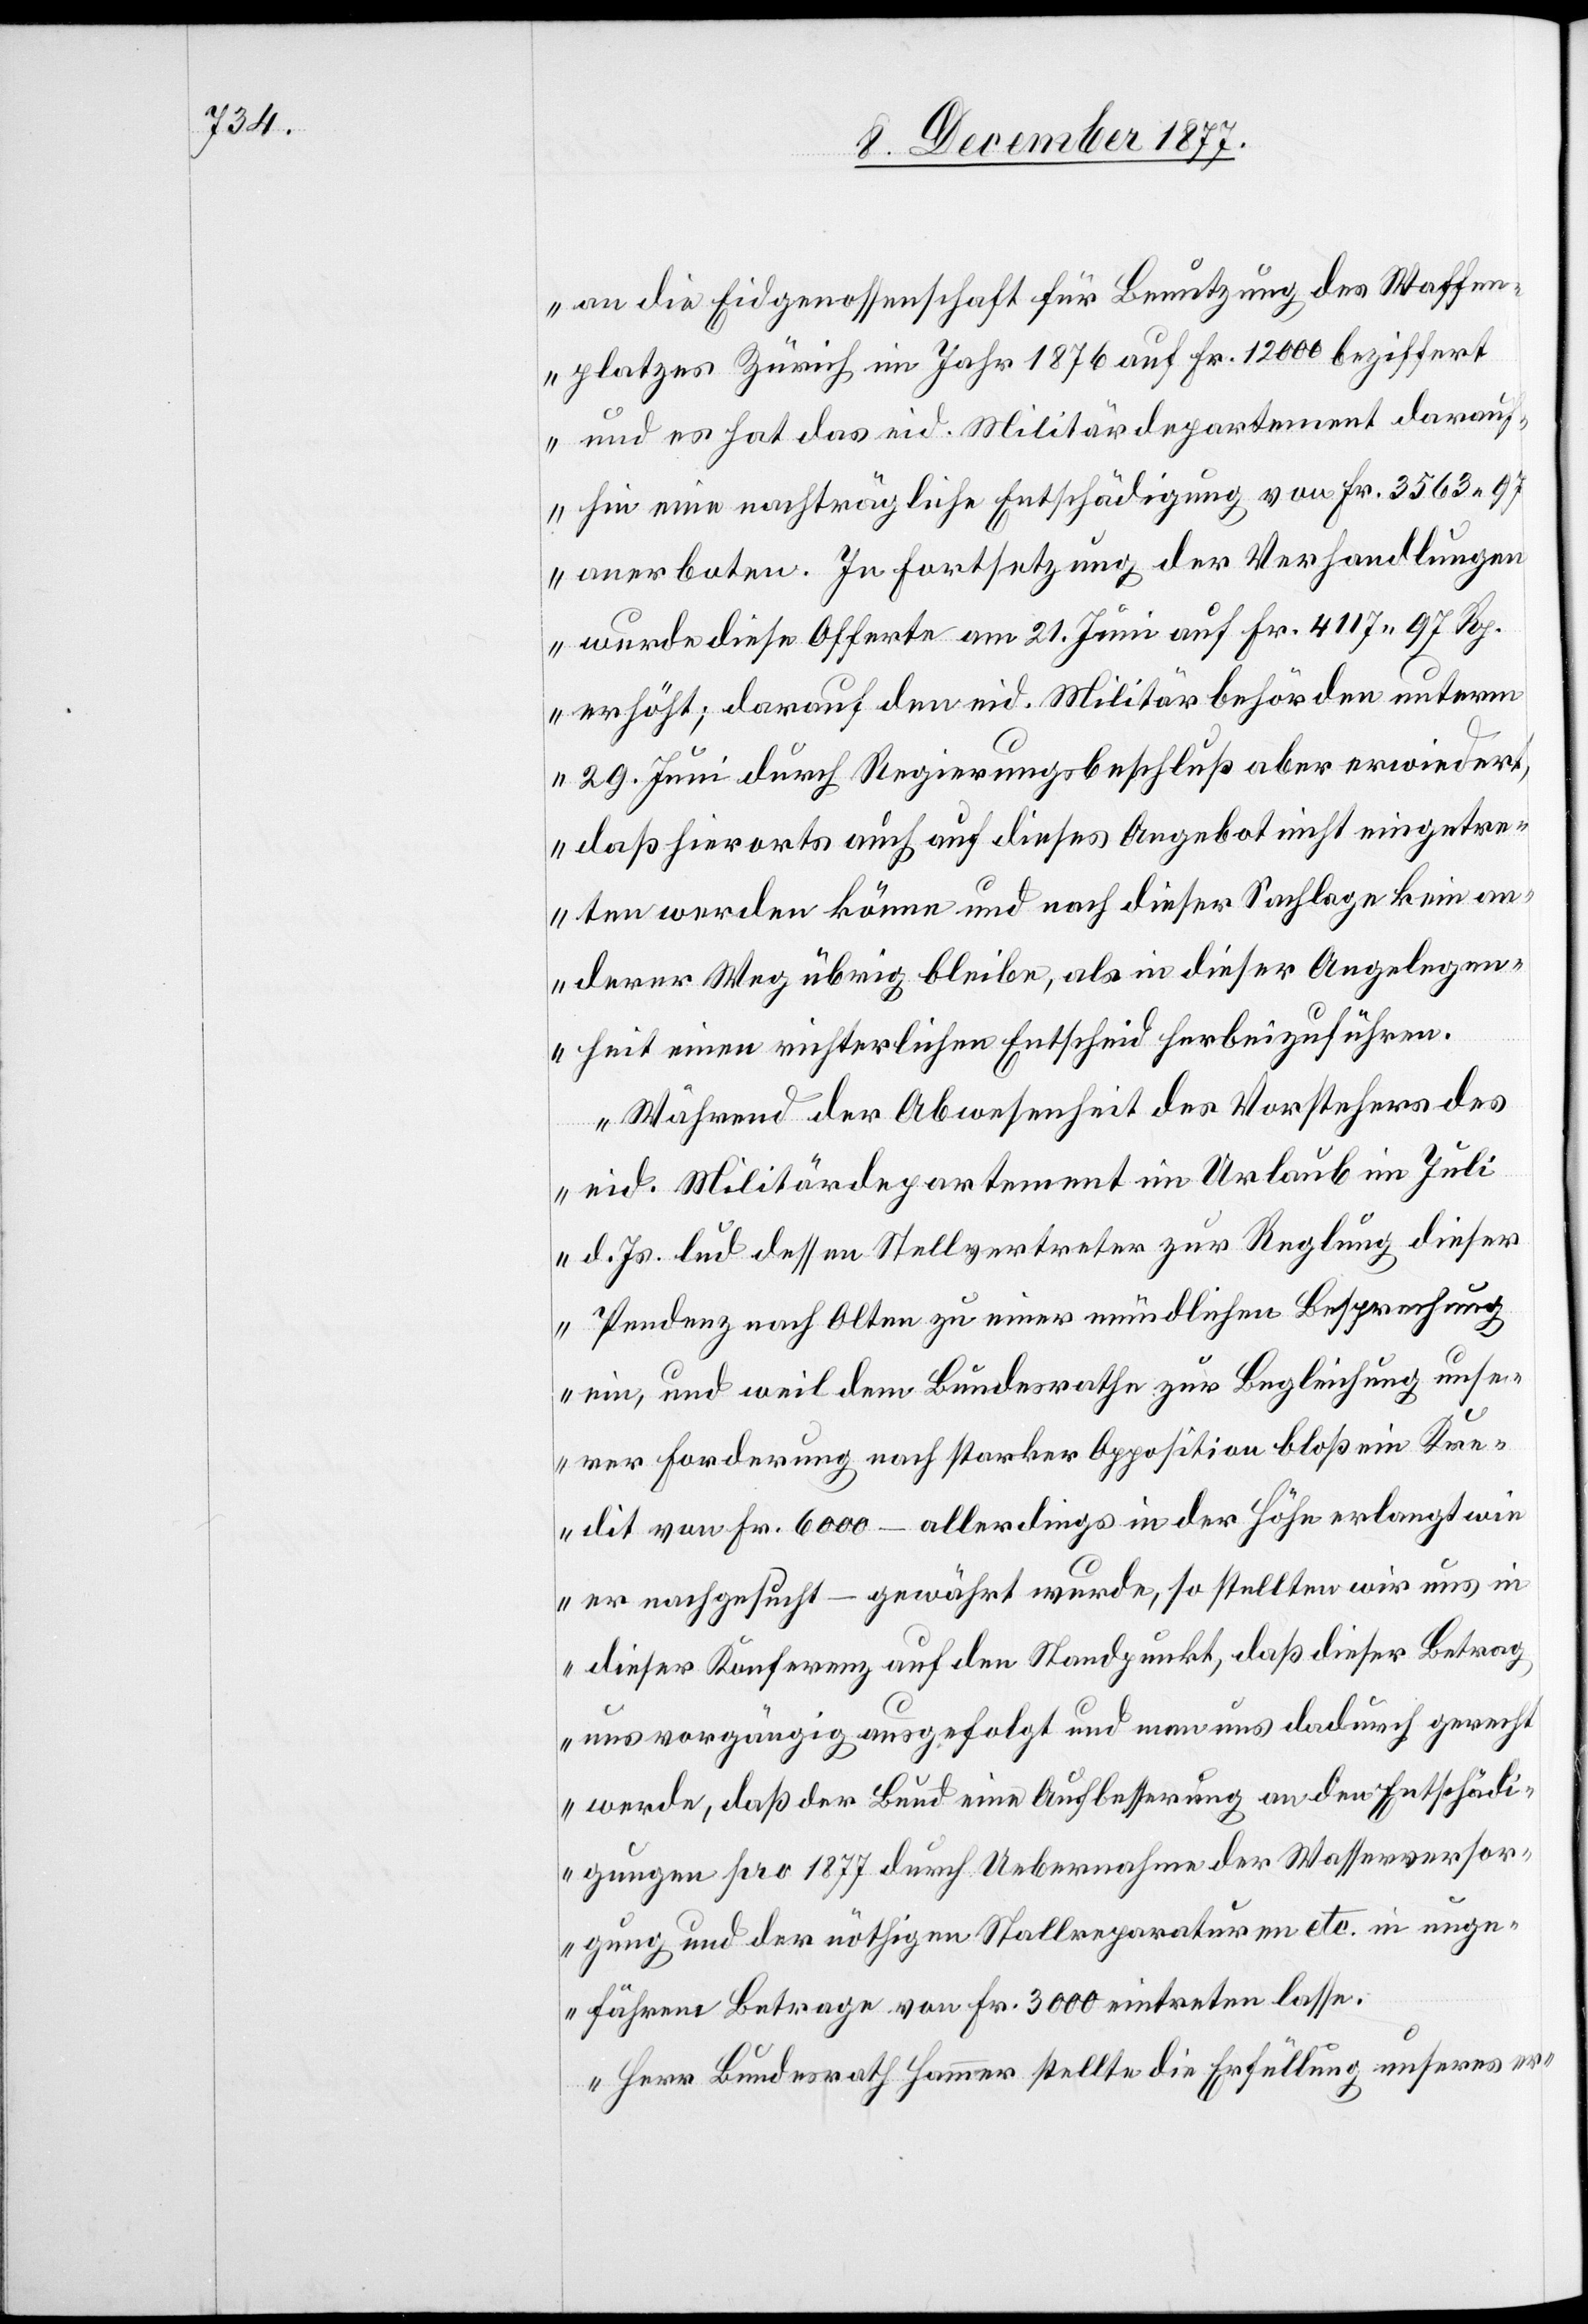
an die Eidgenossenschaft für Benutzung des Waffen¬
platzes Zürich im Jahr 1876 auf Fr. 12 000 beziffert
und es hat das eid. Militärdepartement darauf¬
hin eine nachträgliche Entschädigung von Fr. 3563 97
anerboten. In Fortsetzung der Verhandlungen
wurde diese Offerte am 21. Juni auf Fr. 4117 97 Rp.
erhöht; darauf den eid. Militärbehörden unterm
29. Juni durch Regierungsbeschluß aber erwiedert,
daß hierorts auch auf dieses Angebot nicht eingetre¬
ten werden könne und nach dieser Sachlage kein an¬
derer Weg übrig bleibe, als in dieser Angelegen¬
heit einen richterlichen Entscheid herbeizuführen.
Während der Abwesenheit des Vorstehers des
eid. Militärdepartement im Urlaub im Juli
d. Js. lud dessen Stellvertreter zur Reglung dieser
Pendenz nach Olten zu einer mündlichen Besprechung
ein, und weil dem Bundesrathe zur Begleichung unse¬
rer Forderung nach starker Opposition bloß ein Kre¬
dit von Fr. 6000 – allerdings in der Höhe erlangt wie
er nachgesucht – gewährt wurde, so stellten wir uns in
dieser Konferenz auf den Standpunkt, daß dieser Betrag
uns vorgängig ausgefolgt und man uns dadurch gerech¬
t werde, daß der Bund eine Aufbesserung an den Entschädi¬
gungen pro 1877 durch Uebernahme der Wasserversor¬
gung und der nöthigen Stallreparaturen etc. in unge¬
fährem Betrage von Fr. 3000 eintreten lasse.
Herr Bundesrath Hammer stellte die Erfüllung unseres er-